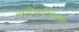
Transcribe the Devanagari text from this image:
सच्चिदानंदरुप